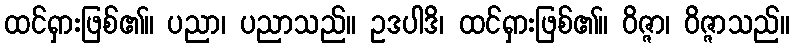
ထင်ရှားဖြစ်၏။ ပညာ၊ ပညာသည်။ ဥဒပါဒိ၊ ထင်ရှားဖြစ်၏။ ဝိဇ္ဇာ၊ ဝိဇ္ဇာသည်။